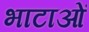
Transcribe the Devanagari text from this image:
भाटाओं